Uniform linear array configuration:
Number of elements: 8
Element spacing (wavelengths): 0.75
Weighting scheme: blackman
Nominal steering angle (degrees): -30
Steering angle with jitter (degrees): -28.047
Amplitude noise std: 0.05
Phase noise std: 0.05

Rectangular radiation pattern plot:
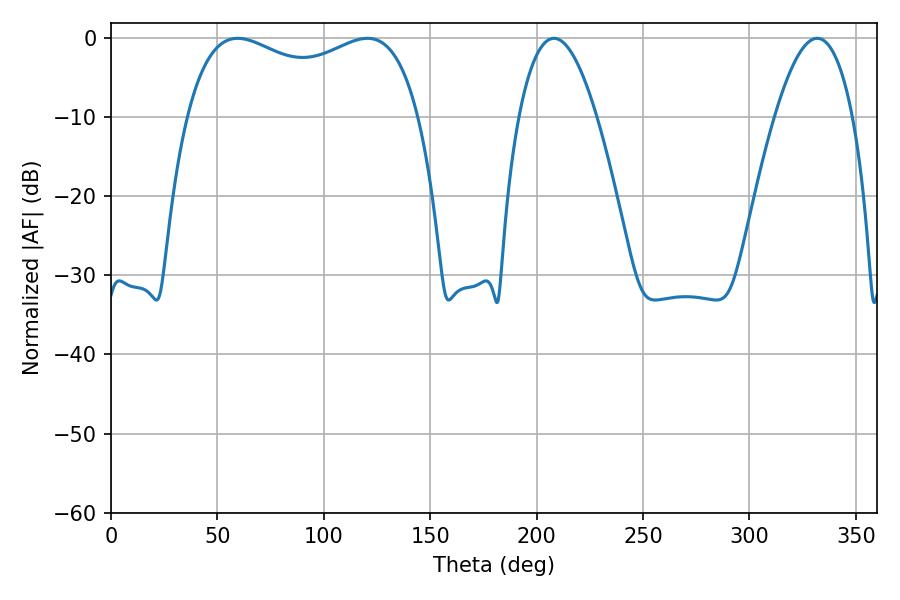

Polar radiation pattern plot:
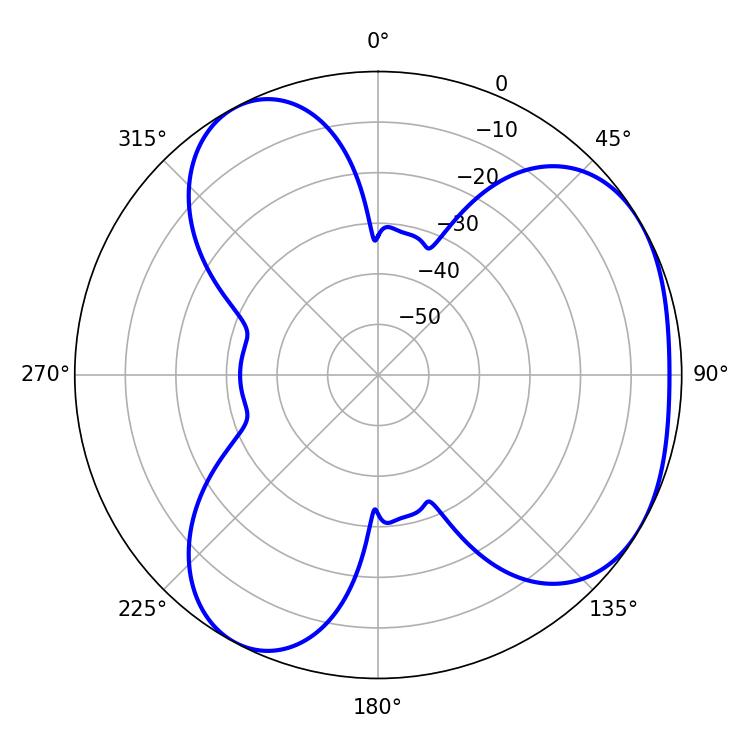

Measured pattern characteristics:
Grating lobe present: TRUE
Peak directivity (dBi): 3.988
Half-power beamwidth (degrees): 90
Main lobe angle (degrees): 59.58